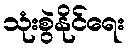
သုံးစွဲနိုင်ရေး